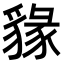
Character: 𧳩